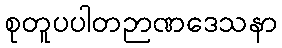
စုတူပပါတဉာဏဒေသနာ